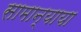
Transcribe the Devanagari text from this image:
सामान्याया